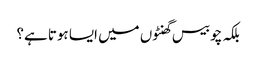
بلکہ چوبیس گھنٹوں میں ایسا ہوتا ہے؟